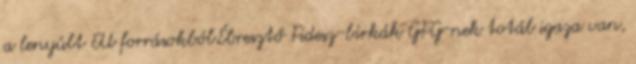
a lenyúlt EU forrásokból.Ébresztő Fidesz-birkák GFG-nek totál igaza van,